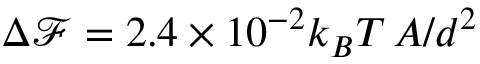
\Delta \mathcal { F } = 2 . 4 \times 1 0 ^ { - 2 } k _ { B } T \, A / d ^ { 2 }